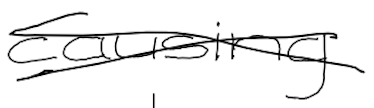
Text: causing
Cross-out: cross
Writing tool: digital_black